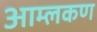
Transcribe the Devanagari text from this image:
आम्लकण